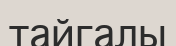
тайгалы